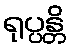
ရုပ္ပန္တိ